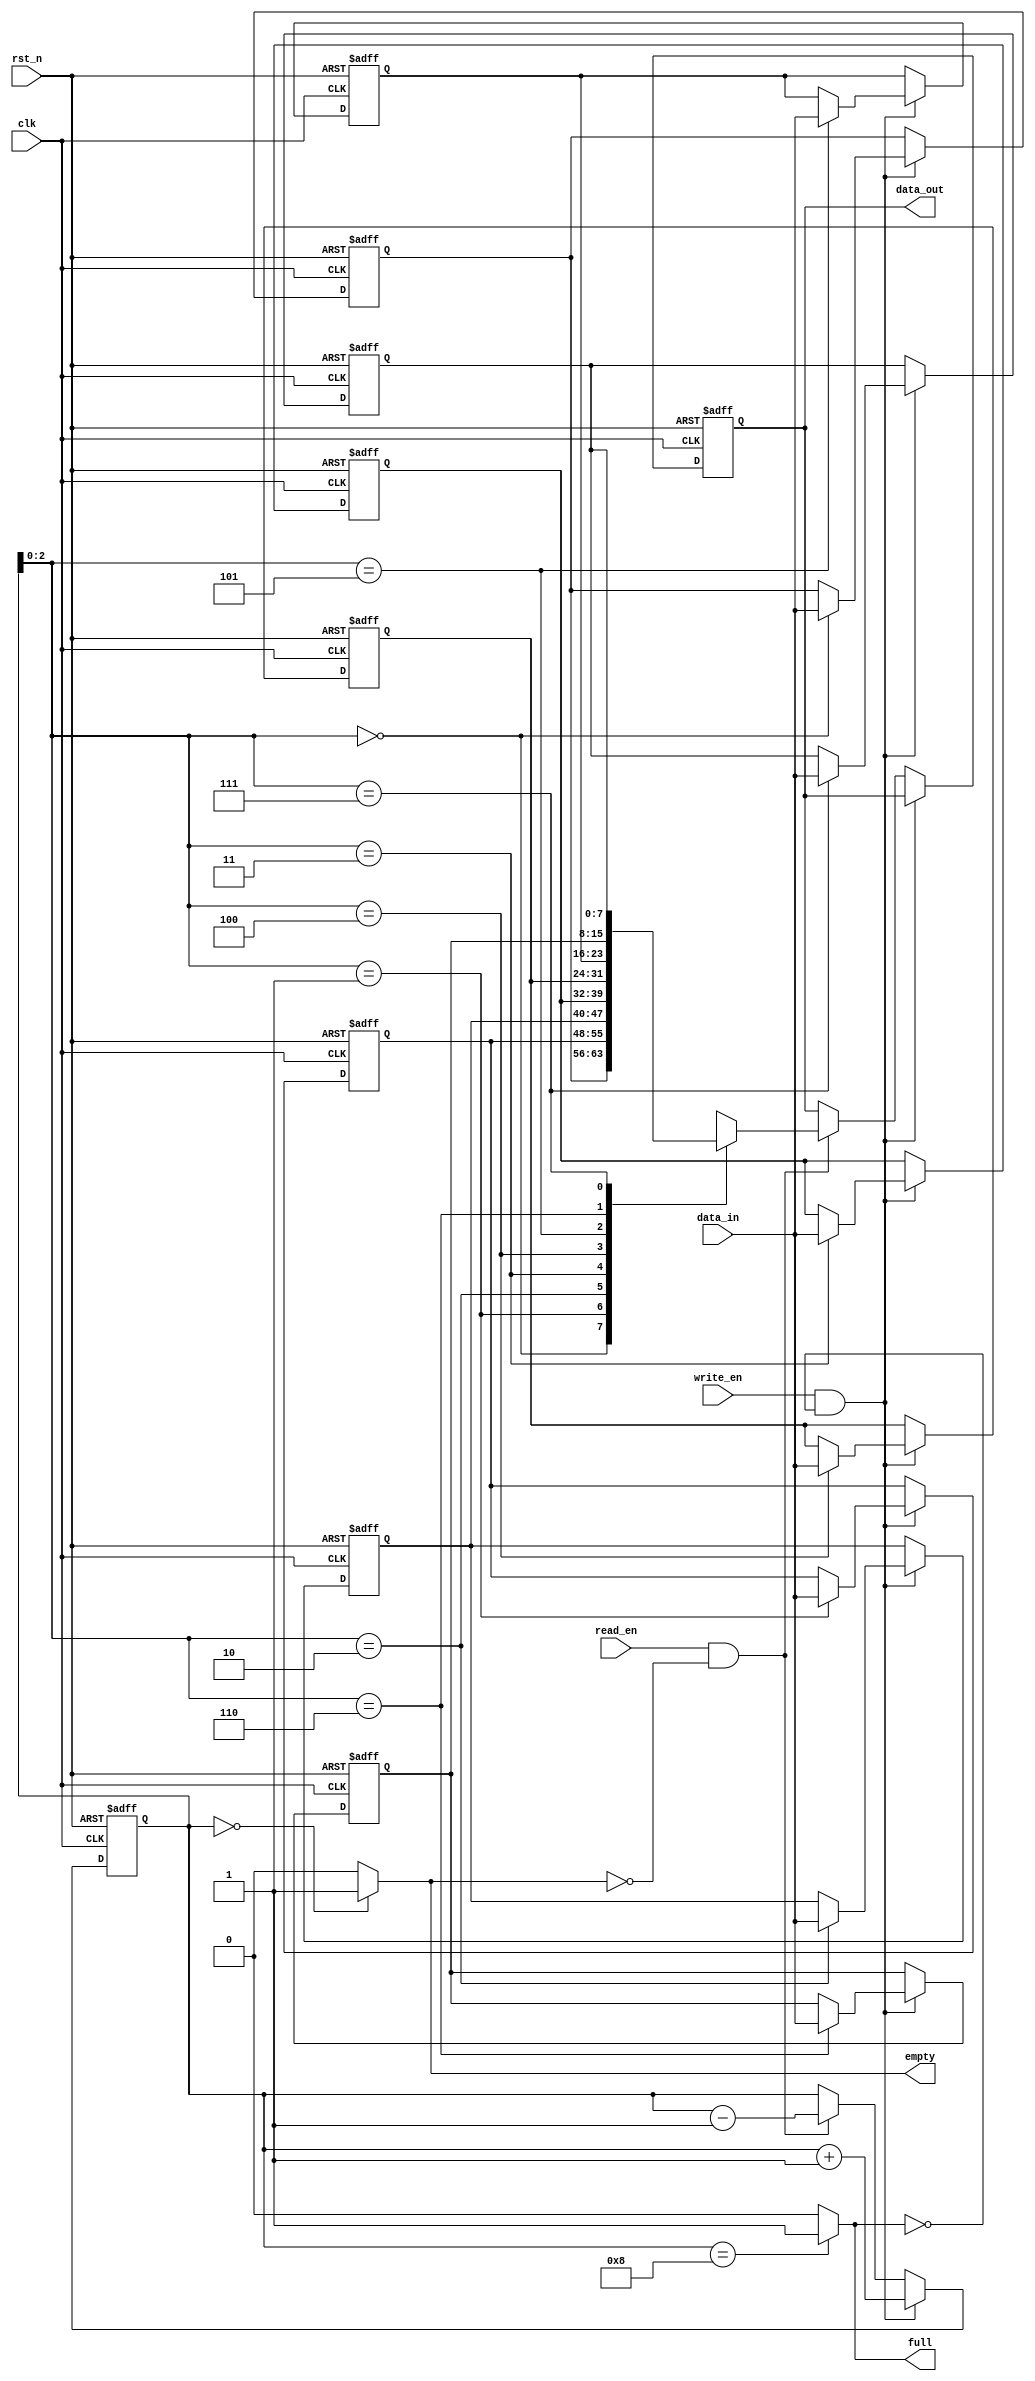
module LIFO(clk, rst_n, write_en, read_en, data_in, data_out, full, empty);

parameter data_width = 8;

input                       clk; 
input                       rst_n;
input                       write_en;
input                       read_en;
input      [data_width-1:0] data_in;
output reg [data_width-1:0] data_out;
output                      full; 
output                      empty;
  
reg [3:0] count;
reg [data_width-1:0] memory [data_width-1:0];

assign full = (count == 4'b1000) ? 1 : 0;
assign empty = (count == 4'b0000) ? 1 : 0;

always @(posedge clk or negedge rst_n)
begin
    if (~rst_n) begin
        memory[0] <= 0; 
        memory[1] <= 0; 
        memory[2] <= 0; 
        memory[3] <= 0;
        memory[4] <= 0; 
        memory[5] <= 0; 
        memory[6] <= 0; 
        memory[7] <= 0;
        data_out  <= 0; 
        count     <= 1;
    end
    else if (write_en & full == 0) begin
        memory[count] <= data_in;
        count <= count + 1;
    end
    else if (read_en & empty == 0) begin
        data_out <= memory[count];
        count <= count - 1;
    end
end

endmodule